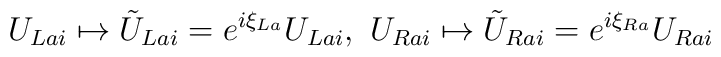
U_{Lai} \mapsto \tilde{U}_{Lai} = e^{i\xi_{La}}U_{Lai},\ U_{Rai} \mapsto\tilde{U}_{Rai} = e^{i\xi_{Ra}} U_{Rai}